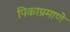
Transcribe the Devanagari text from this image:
पिकाप्रमाणे